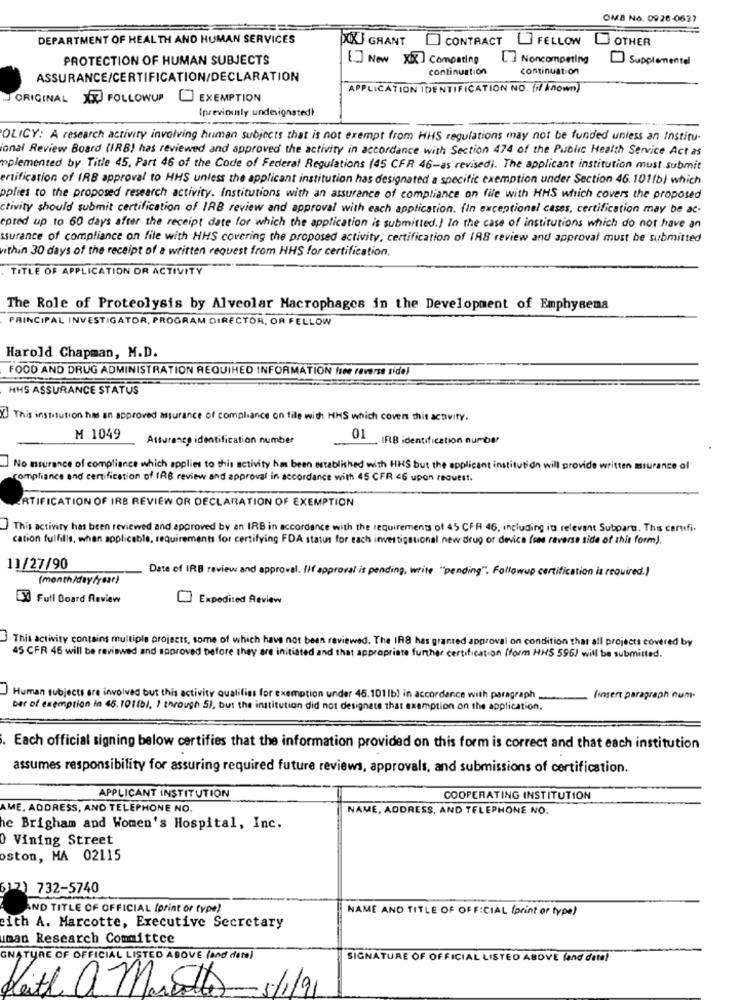
OMB No. 0926-0637
DEPARTMENT OF HEALTH AND HUMAN SERVICES
XIXI GRANT
CONTRACT I FELLOW OTHER
PROTECTION OF HUMAN SUBJECTS
[.] New XIX] Competing
[.] Noncompeting
Supplemental
continuation
continuation
ASSURANCE/CERTIFICATION/DECLARATION
APPLICATION IDENTIFICATION NO. fif known)
ORIGINAL A FOLLOWUP EXEMPTION
Ipreviously undesignated!
OLICY: A research activity involving human subjects that is not exempt from HHS regulations may not be funded unless an Institu-
ional Review Board (IRB) has reviewed and approved the activity in accordance with Section 474 of the Public Health Service Act as
poplemented by Title 45. Part 46 of the Code of Federal Regulations (45 CFR 46-as revised). The applicant institution must submit
certification of IRB approval to HHS unless the applicant institution has designated a specific exemption under Section 46. 1011b) which
pplies to the proposed research activity. Institutions with an assurance of compliance on file with HHS which covers the proposed
ctivity should submit certification of IRB review and approval with each application. (in exceptionel cases, certification may be ac-
epted up to 60 days after the receipt date for which the application is submitted.) In the case of institutions which do not have an
ssurance of compliance on file with HHS covering the proposed activity, certification of IRS review and approval must be submitted
within 30 days of the receipt of a written request from HHS for certification
TITLE OF APPLICATION OR ACTIVITY
The Role of Proteolysis by Alveolar Macrophages in the Development of Emphysema
PRINCIPAL INVESTIGATOR, PROGRAM DIRECTOR, OR FELLOW
Harold Chapman, M.D.
FOOD AND DRUG ADMINISTRATION REQUIHED INFORMATION (see reverse side)
HHS ASSURANCE STATUS
X] This institution has an approved assurance of compliance on file with HHS which covers this activity.
M 1049
Assurance identification number
01
IFB identification number
No nurance of compliance which applies to this activity has been established with HHS but the applicant institution will provide written assurance of
compliance and certification of IRB review and approval in accordance with 45 CFR 46 upon request.
ATIFICATION OF IRB REVIEW OR DECLARATION OF EXEMPTION
This activity has been reviewed and approved by an IRB in accordance with the requirements of 45 CFR 46, including its relevant Subpart. This certifi.
cation fulfills, when applicable, requirements for certifying FDA status for each investigational new drug or device (see reverse side of this form).
11/27/90
Date of IRB review and approval. Il approval is pending, write "pending" Followup certification is required.)
(month/ day/year)
1X Full Board Review
Expedited Review
This activity contains multiple projects, some of which have not been reviewed. The IRS has granted approval on condition that all projects covered by
45 CFR 46 will be reviewed and approved before they are initiated and that appropriate further certification (form HHS 595) will be submitted.
Human subjects are involved but this activity qualifies for exemption under 45.101 lb) in accordance with paragraph ..
(insert paragraph num-
ber of exemption in 45. 101(b), 1 through 5), but the institution did not designate that exemption on the application.
Each official signing below certifies that the information provided on this form is correct and that each institution
assumes responsibility for assuring required future reviews, approvals, and submissions of certification.
APPLICANT INSTITUTION
COOPERATING INSTITUTION
AME. ADDRESS, AND TELEPHONE NO.
NAME, ADDRESS, AND TELEPHONE NO.
he Brigham and Women's Hospital, Inc.
O Vining Street
oston, MA 02115
612) 732-5740
AND TITLE OF OFFICIAL (print of type)
NAME AND TITLE OF OFFICIAL (print or type)
cith A. Marcotte, Executive Secretary
uman Research Committee
GNATURE OF OFFICIAL LISTED ABOVE (and data)
SIGNATURE OF OFFICIAL LISTED ABOVE fond dete!